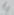
Text: 4